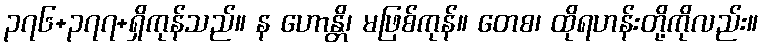
၃၇၆+၃၇၇+ရှိကုန်သည်။ န ဟောန္တိ၊ မဖြစ်ကုန်။ တေစ၊ ထိုရဟန်းတို့ကိုလည်း။